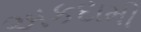
અકદામી